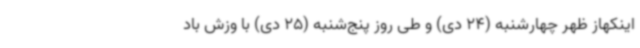
اینکهاز ظهر چهارشنبه (24 دی) و طی روز پنج‌شنبه (25 دی) با وزش باد